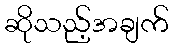
ဆိုသည့်အချက်